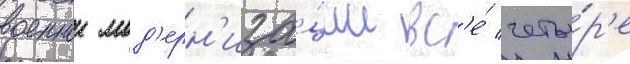
военнои мод'ерн'иза́ции вс'е́ четы́р'е